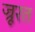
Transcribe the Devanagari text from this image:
ज्रूरत